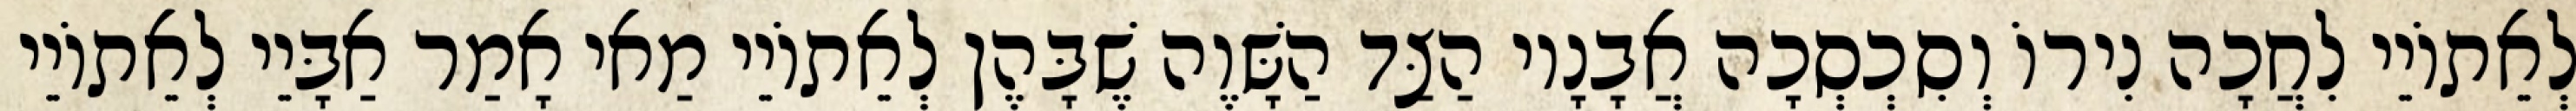
לְאֵתוֹיֵי לִחֲכָה נִירוֹ וְסִכְסְכָה אֲבָנָיו הַצַּד הַשָּׁוֶה שֶׁבָּהֶן לְאֵתוֹיֵי מַאי אָמַר אַבָּיֵי לְאֵתוֹיֵי